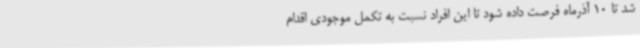
شد تا 10 آذرماه فرصت داده شود تا این افراد نسبت به تکمل موجودی اقدام